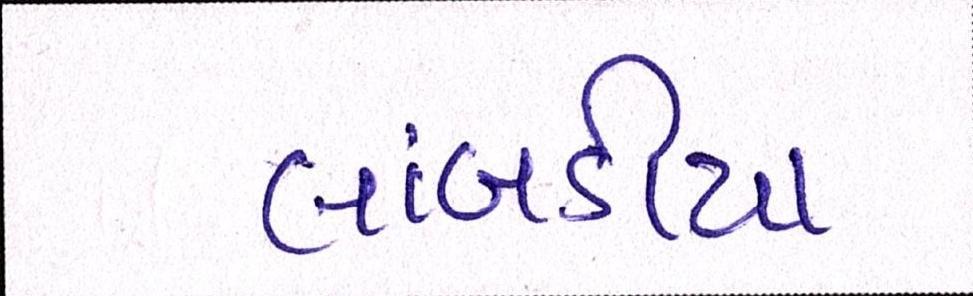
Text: લાંબડીયા